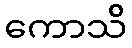
ကောသိ